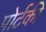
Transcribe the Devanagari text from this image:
पोर्टकी